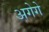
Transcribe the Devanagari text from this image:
अगेगे